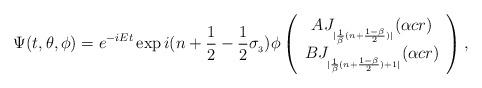
LaTeX: \begin{align*}\Psi(t,\theta,\phi)=e^{-iEt}\exp{i(n+\frac{1}{2}-\frac{1}{2}\sigma_{_{3}})\phi}\left ( \begin{array}{c}AJ_{_{|\frac{1}{\beta}(n+\frac{1-\beta}{2})|}}(\alpha cr) \\BJ_{_{|\frac{1}{\beta}(n+\frac{1-\beta}{2})+1|}}(\alpha cr) \end{array}\right ),\end{align*}